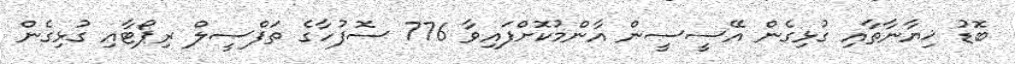
ބޮޑު ޚިޔާނާތާއި ގުޅިގެން އޭސީސީން އާންމުކޮށްފައިވާ 776 ސޮފުހާގެ ތަފްސީލް ރިޕޯޓާއި ގުޅިގެން